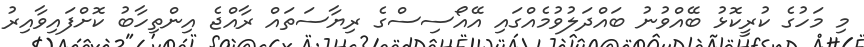
މި މަހުގެ ކުރީކޮޅު ބޭއްވުނު ބައްދަލުވުމެެއްގައި އޭއޯސިސްގެ ރިޔާސަތައް ރާއްޖެ އިންތިހާބު ކޮށްފައިވާއިރު